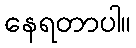
နေရတာပါ။